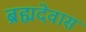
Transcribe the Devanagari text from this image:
ब्रह्मदेवास